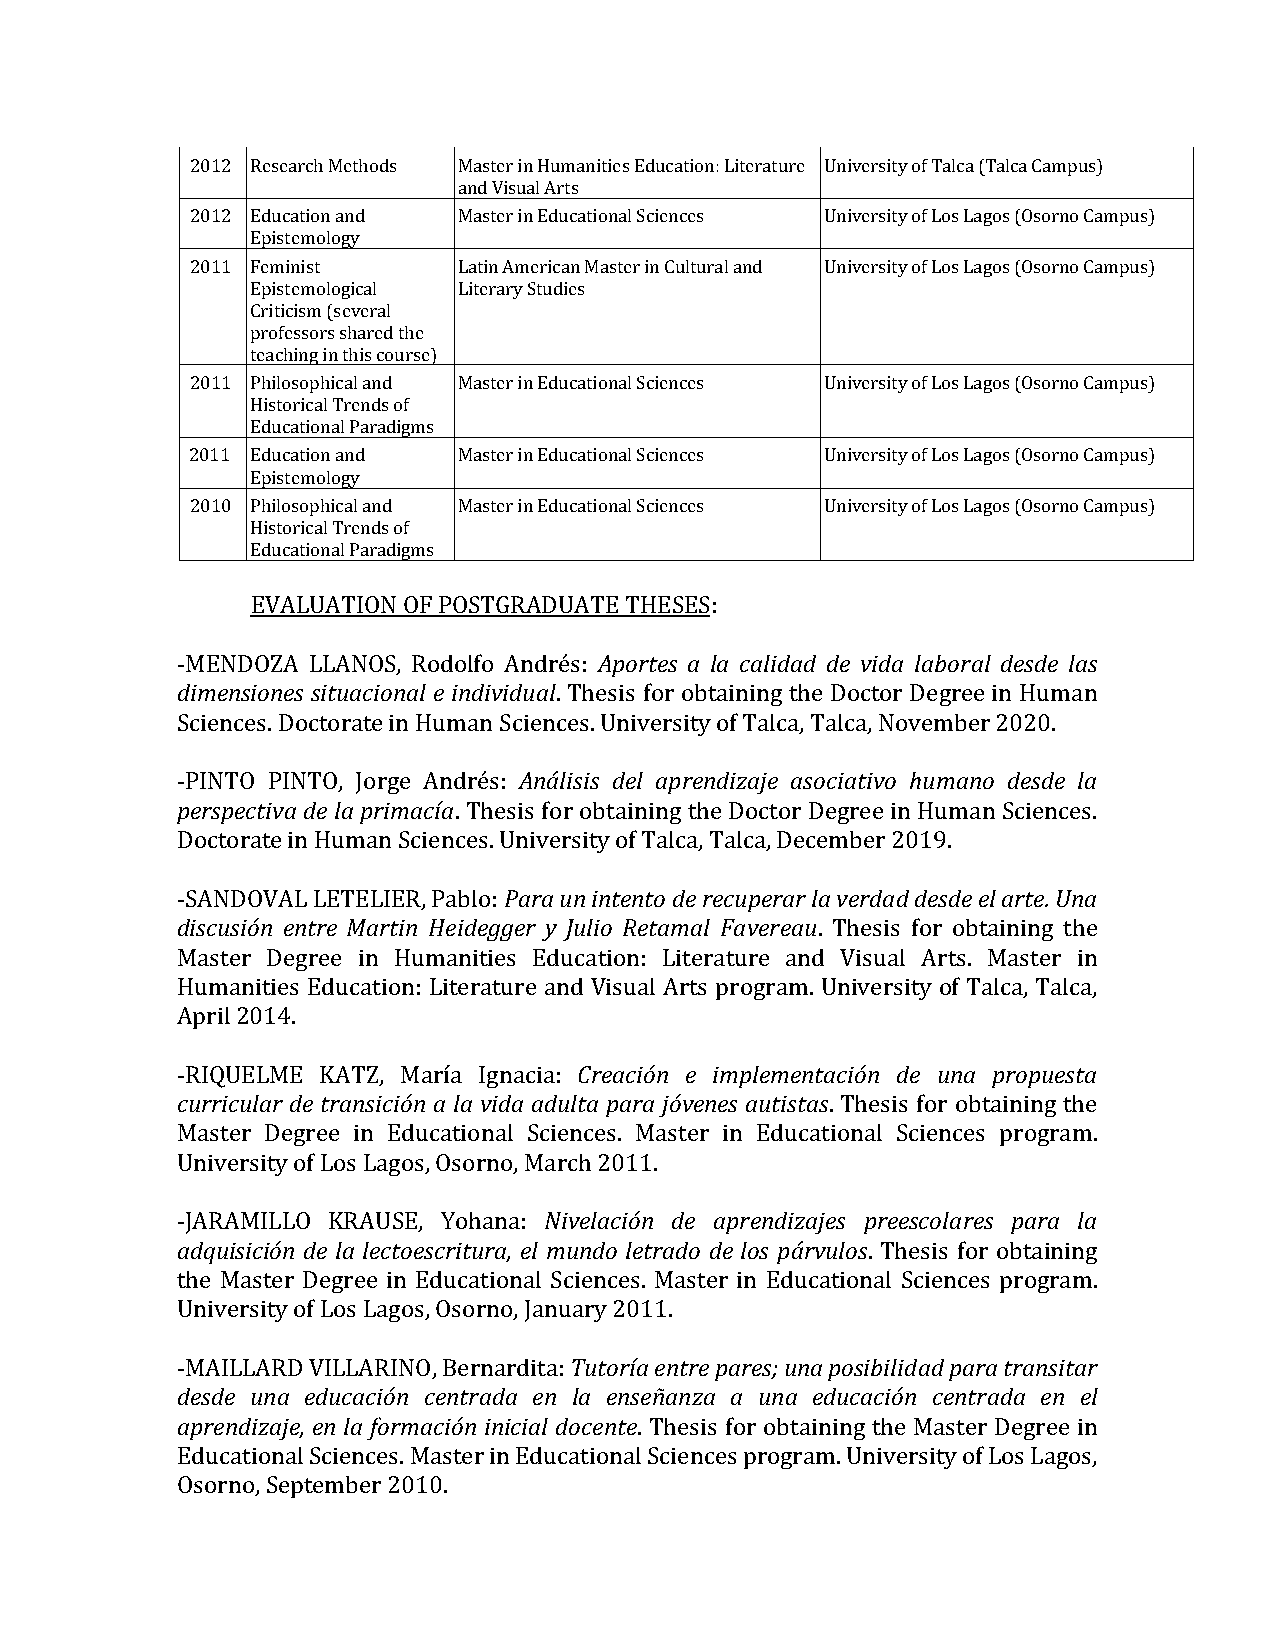
2012 Research Methods Master in Humanities Education: Literature University of Talca (Talca Campus)
 and Visual Arts
 2012 Education and Master in Educational Sciences University of Los Lagos (Osorno Campus)
 Epistemology
 2011 Feminist    Latin American Master in Cultural and University of Los Lagos (Osorno Campus)
 Epistemological Literary Studies
 Criticism (several
 professors shared the
 teaching in this course)
 2011 Philosophical and Master in Educational Sciences University of Los Lagos (Osorno Campus)
 Historical Trends of
 Educational Paradigms
 2011 Education and Master in Educational Sciences University of Los Lagos (Osorno Campus)
 Epistemology
 2010 Philosophical and Master in Educational Sciences University of Los Lagos (Osorno Campus)
 Historical Trends of
 Educational Paradigms
 EVALUATION OF POSTGRADUATE THESES:
 -MENDOZA LLANOS, Rodolfo Andrés: Aportes a la calidad de vida laboral desde las
 dimensiones situacional e individual. Thesis for obtaining the Doctor Degree in Human
 Sciences. Doctorate in Human Sciences. University of Talca, Talca, November 2020.
 -PINTO PINTO, Jorge Andrés: Análisis del aprendizaje asociativo humano desde la
 perspectiva de la primacía. Thesis for obtaining the Doctor Degree in Human Sciences.
 Doctorate in Human Sciences. University of Talca, Talca, December 2019.
 -SANDOVAL LETELIER, Pablo: Para un intento de recuperar la verdad desde el arte. Una
 discusión entre Martin Heidegger y Julio Retamal Favereau. Thesis for obtaining the
 Master Degree in Humanities Education: Literature and Visual Arts. Master in
 Humanities Education: Literature and Visual Arts program. University of Talca, Talca,
 April 2014.
 -RIQUELME KATZ, María Ignacia: Creación e implementación de una propuesta
 curricular de transición a la vida adulta para jóvenes autistas. Thesis for obtaining the
 Master Degree in Educational Sciences. Master in Educational Sciences program.
 University of Los Lagos, Osorno, March 2011.
 -JARAMILLO KRAUSE, Yohana: Nivelación de aprendizajes preescolares para la
 adquisición de la lectoescritura, el mundo letrado de los párvulos. Thesis for obtaining
 the Master Degree in Educational Sciences. Master in Educational Sciences program.
 University of Los Lagos, Osorno, January 2011.
 -MAILLARD VILLARINO, Bernardita: Tutoría entre pares; una posibilidad para transitar
 desde una educación centrada en la enseñanza a una educación centrada en el
 aprendizaje, en la formación inicial docente. Thesis for obtaining the Master Degree in
 Educational Sciences. Master in Educational Sciences program. University of Los Lagos,
 Osorno, September 2010.